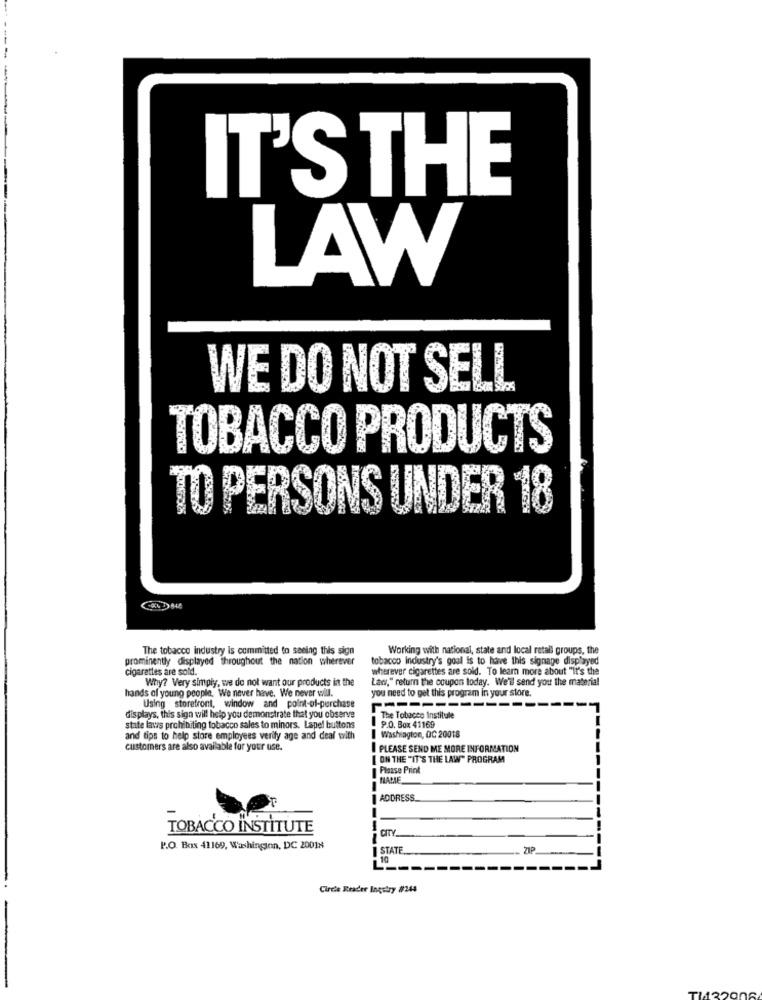
IT'S THE
LAW
WE DO NOT SELL
TOBACCO PRODUCTS
TO PERSONS UNDER 18
The tobacco industry is committed to seeing this sign
Working with national, state and local retall groups, the
prominently displayed throughout the nation wherever
tobacco industry's goal is to have this signage displayed
cigarettes are sold.
wherever cigarettes are sold. To learn more about "It's the
Why? Very simply, we do not want our products in the
Law," return the coupon today. We'll send you the material
hands of young people, We never have. We never will.
you need to get this program In your store.
Using storefront, window and point-of-purchase
-------
displays, this sign will help you demonstrate that you observe
The Tobacco Institule
state laws prohibiting tobacco sales to minors. Lapel buttons
P.O. Box 41169
and tips to help store employees verify age and deal with
I Washiagton, QC 20018
customers are also available for your use.
PLEASE SEND ME MORE INFORMATION
[ ON THE "IT'S THE LAW" PROGRAM
Please Print
NAME
1 ADDRESS.
TOBACCO INSTITUTE
CITY
--
P.O. Box 41169, Washington, DC 20018
STATE
ZIP
10
Circle Reader Inquiry #244